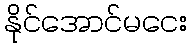
နိုင်အောင်မငေး